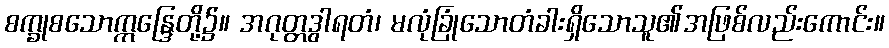
စက္ခုစသောဣန္ဒြေတို့၌။ အဂုတ္တဒွါရတံ၊ မလုံခြုံသောတံခါးရှိသောသူ၏အဖြစ်လည်းကောင်း။